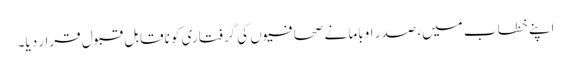
اپنے خطاب میں، صدر اوباما نے صحافیوں کی گرفتاری کو ناقابل قبول قرار دیا۔